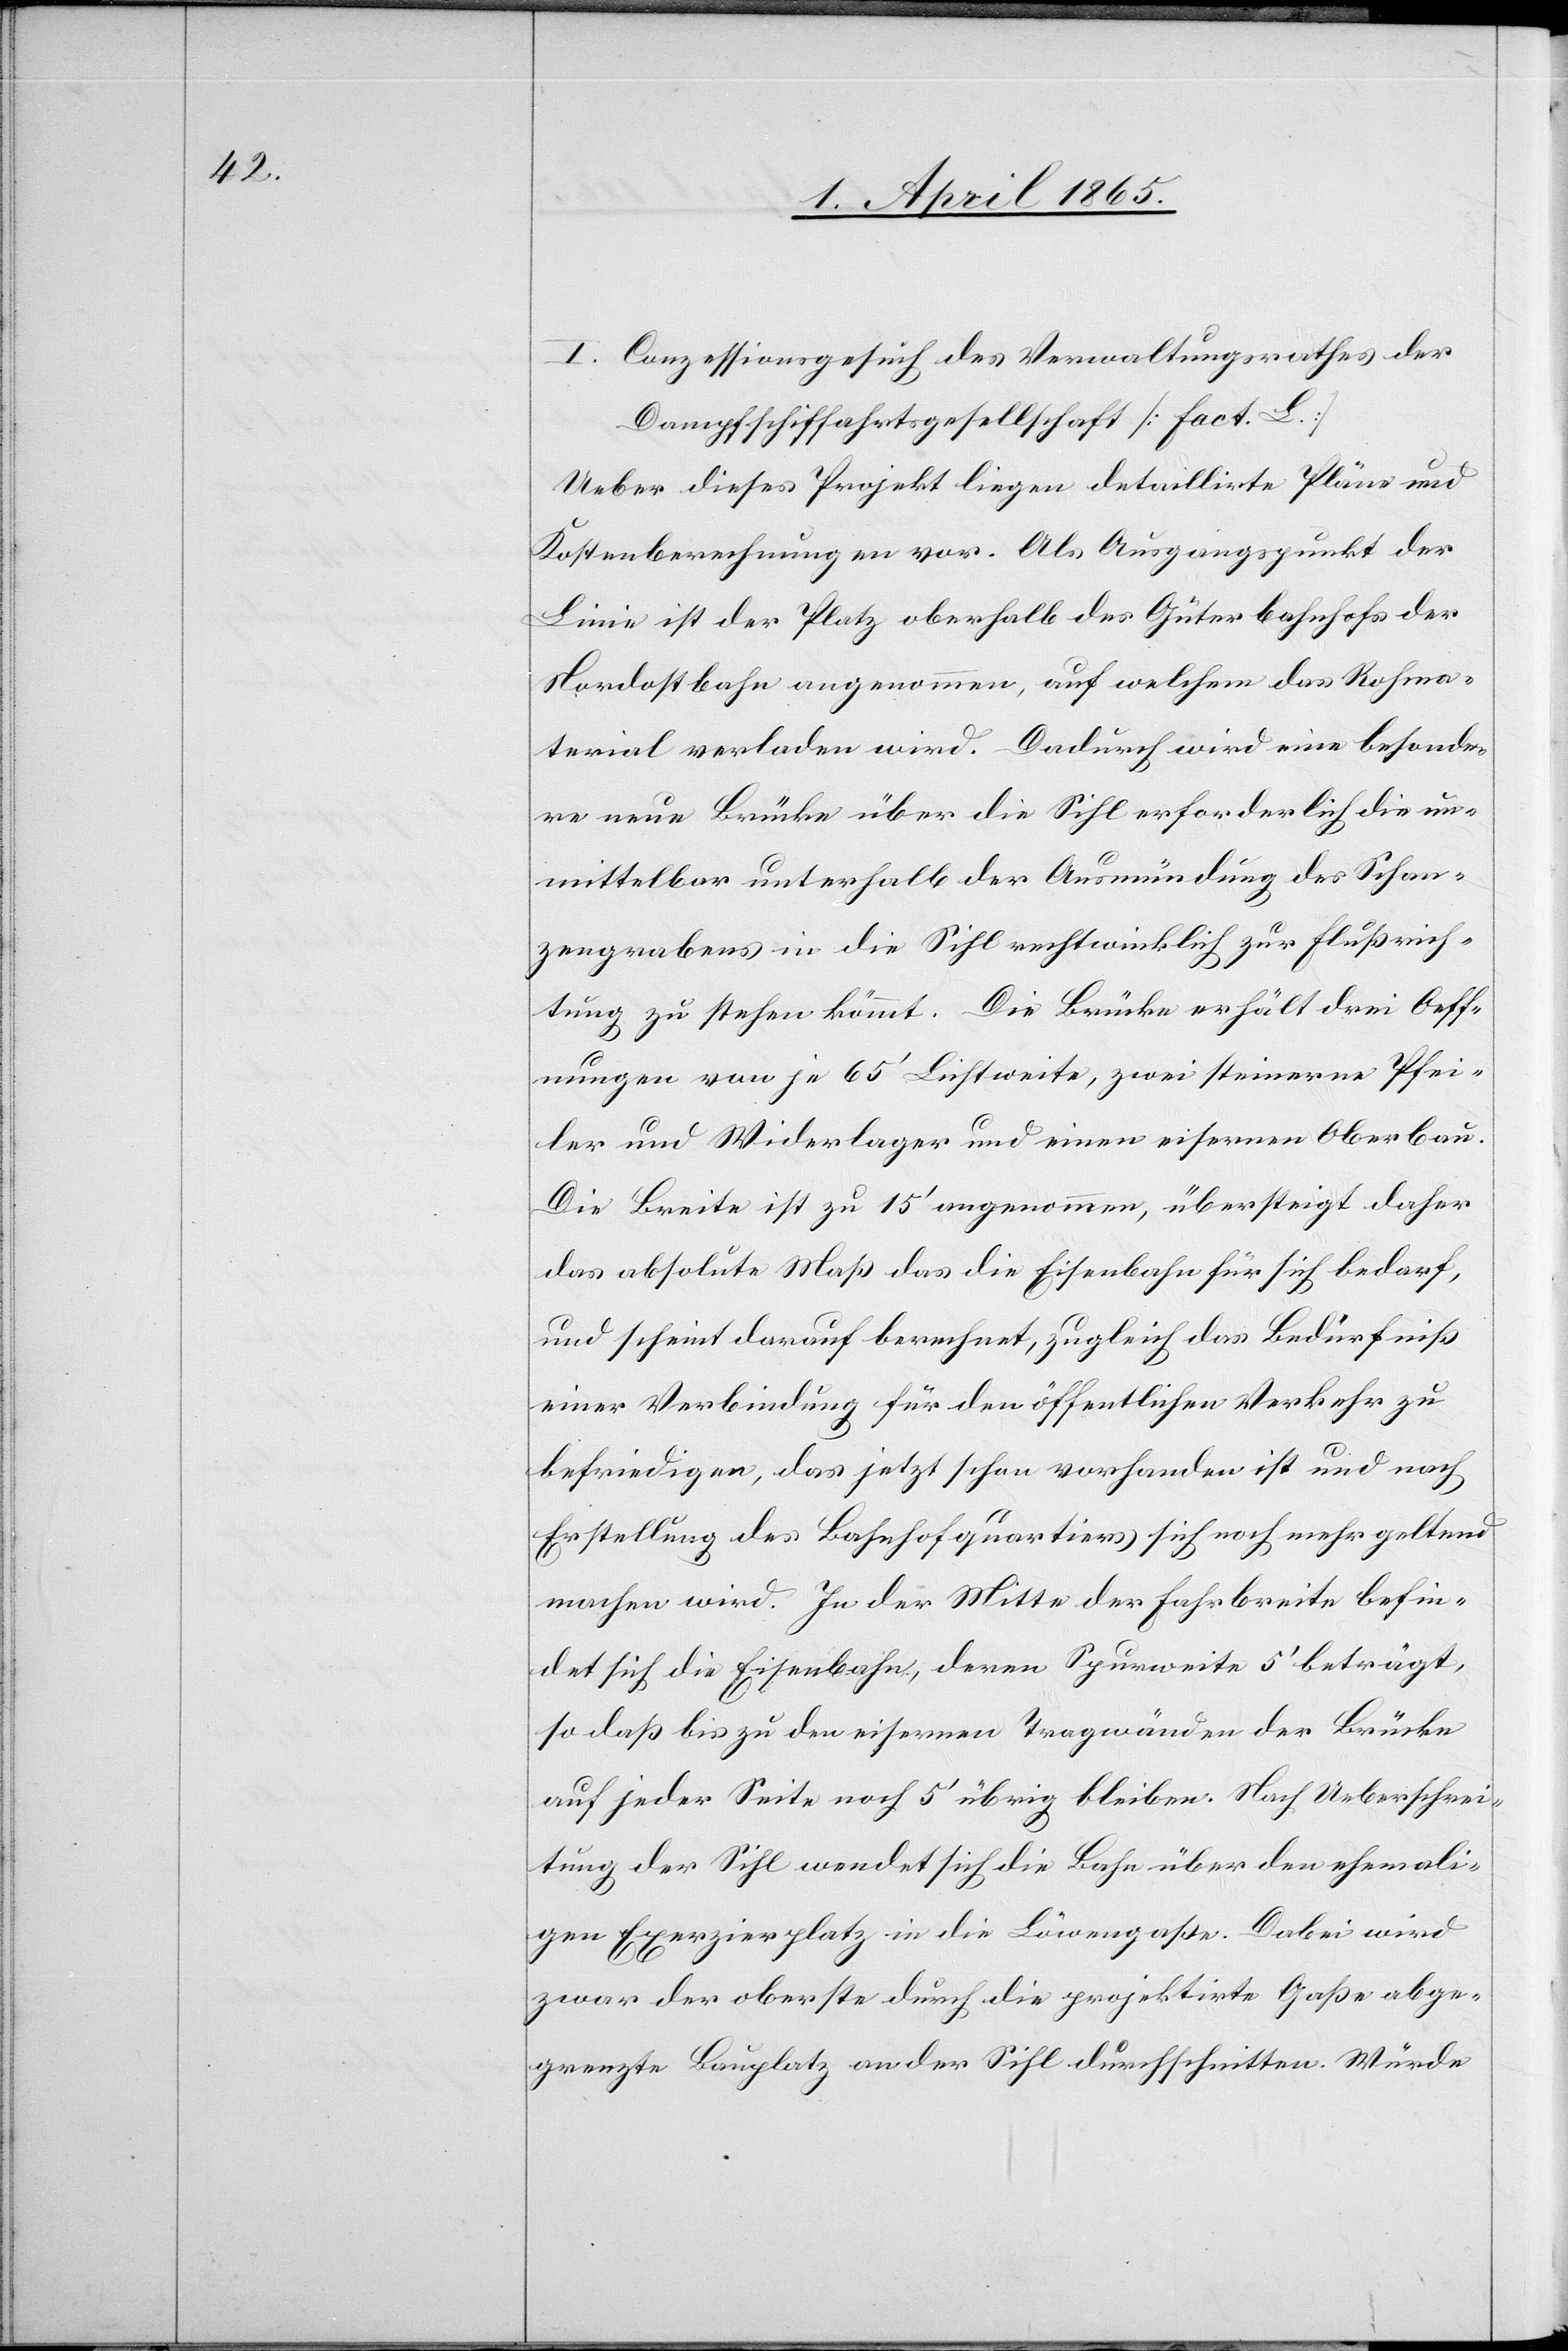
I. Conzessionsgesuch des Verwaltungsrathes der
Dampfschiffahrtsgesellschaft [Fact. L.]
Ueber dieses Projekt liegen detaillirte Pläne und
Kostenberechnungen vor. Als Ausgangspunkt der
Linie ist der Platz oberhalb des Güterbahnhofs der
Nordostbahn angenommen, auf welchem das Rohma¬
terial verladen wird. Dadurch wird eine besonde¬
re neue Brücke über die Sihl erforderlich die un¬
mittelbar unterhalb der Ausmündung des Schan¬
zengrabens in die Sihl rechtwinklich zur Flußrich¬
tung zu stehen kömmt. Die Brücke erhält drei Oeff¬
nungen von je 65’ Lichtweite, zwei steinerne Pfei¬
ler und Widerlager und einen eisernen Oberbau.
Die Breite ist zu 15’ angenommen, übersteigt daher
das absolute Maß das die Eisenbahn für sich bedarf,
und scheint darauf berechnet, zugleich das Bedürfniß
einer Verbindung für den öffentlichen Verkehr zu
befriedigen, das jetzt schon vorhanden ist und nach
Erstellung des Bahnhofquartiers sich noch mehr geltend
machen wird. In der Mitte der Fahrbreite befin¬
det sich die Eisenbahn, deren Spurweite 5’ beträgt,
so daß bis zu den eisernen Tragwänden der Brücke
auf jeder Seite noch 5’ übrig bleiben. Nach Ueberschrei¬
tung der Sihl wendet sich die Bahn über den ehemali¬
gen Exerzierplatz in die Löwengaße. Dabei wird
zwar der oberste durch die projektirte Gaße abge¬
grenzte Bauplatz an der Sihl durchschnitten. Würde